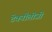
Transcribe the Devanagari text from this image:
टेक्नौलोजी